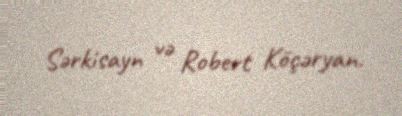
Sərkisayn və Robert Köçəryan.